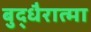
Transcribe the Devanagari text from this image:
बुद्धैरात्मा